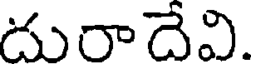
దురాదేవి.